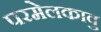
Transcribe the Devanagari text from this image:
परमेलकावु